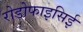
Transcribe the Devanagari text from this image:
रोडोफाइसिई